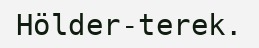
Hölder-terek.